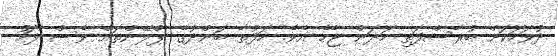
ދުވަހަކަށް ބުރާސްފަތި ހަދަން ޖެހެ އެވެ. ހަފުތާ ބަންދުގެ ޕްލޭންތައް ވެސް ފަހު